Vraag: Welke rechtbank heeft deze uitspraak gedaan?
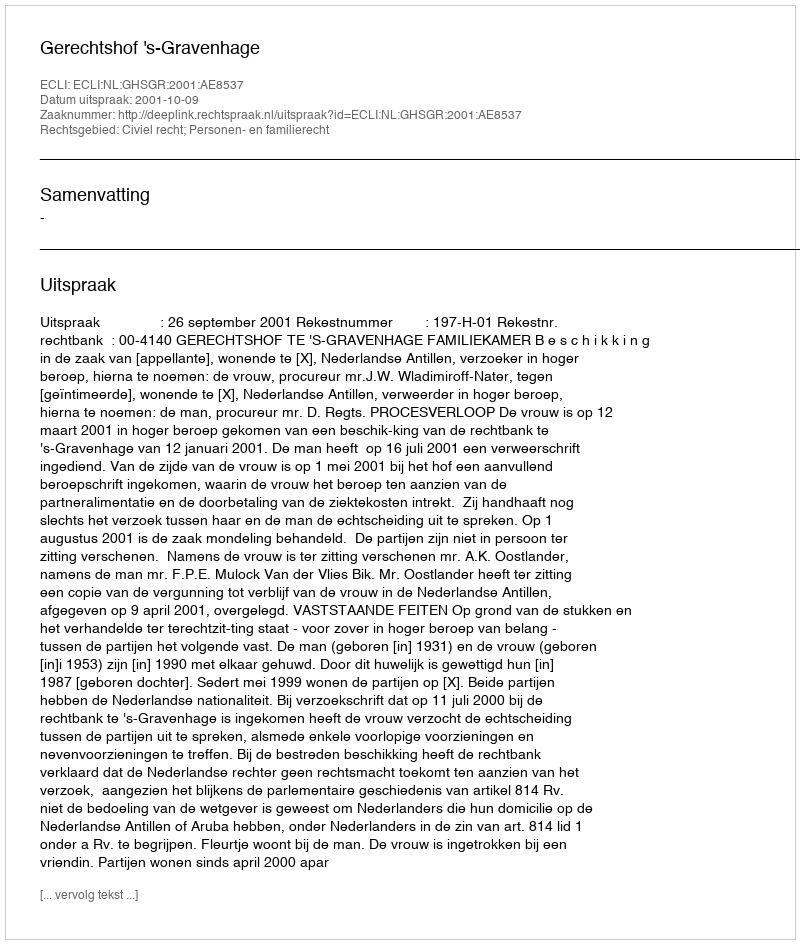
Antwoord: Gerechtshof 's-Gravenhage